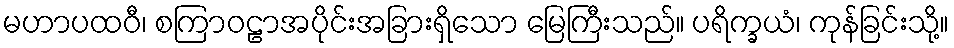
မဟာပထဝီ၊ စကြာဝဠာအပိုင်းအခြားရှိသော မြေကြီးသည်။ ပရိက္ခယံ၊ ကုန်ခြင်းသို့။